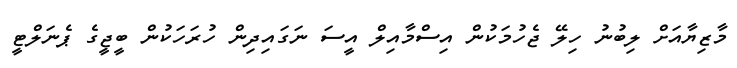
މާޒިޔާއަށް ލިބުނު ހިލޭ ޖެހުމަކުން އިސްމާއިލް އީސަ ނަގައިދިން ހުރަހަކުން ބީޖީގެ ޕެނަލްޓީ